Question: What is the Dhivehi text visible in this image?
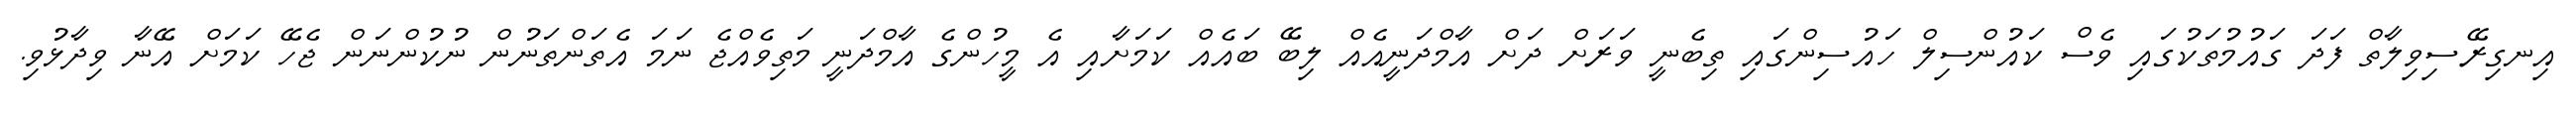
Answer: އިނގިރޭސިވިލާތް ފަދަ ގައުމުތަކުގައި ވެސް ކައުންސިލް ހައުސިންގައި ތިބެނީ ވަރަށް ދަށް އާމްދަނީއެއް ލިބޭ ބައެއް ކަމަށާއި އެ މީހުންގެ އާމްދަނީ މަތިވެއްޖެ ނަމަ އެތަންތަނުން ނުކުންނަން ޖެހޭ ކަމަށް އޭނާ ވިދާޅުވި.